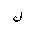
Letter: _lam